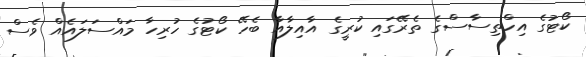
ކޯޓުގެ އިހްތިސާސްގެ ތެރޭގައި ކުރީގެ އާއިލާއާ ބެހޭ ކޯޓުގެ ހުރިހާ މައްސަލައެއް ވެސް